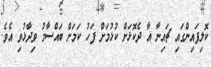
ކޮލިފައިންގައި ޗައިނާ އާ ދެކޮޅަށް ކުޅުމަށް ފަހު ކަމަށް ބައްސާމު ވިދާޅުވި އެވެ.